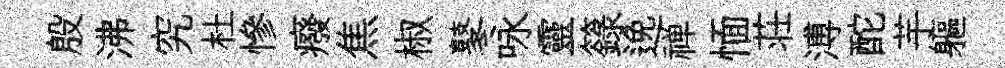
殷沸究杜慘癈焦椒鼕咏靈籙𨓜禅愐荘溥酡芋軀